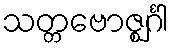
သတ္တဗောဇ္ဈင်္ဂါ